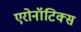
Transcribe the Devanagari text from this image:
एरोनॉटिक्‍स